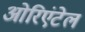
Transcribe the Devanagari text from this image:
ओरिएंटेल